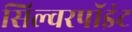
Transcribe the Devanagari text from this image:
सिल्वरपॉइंट